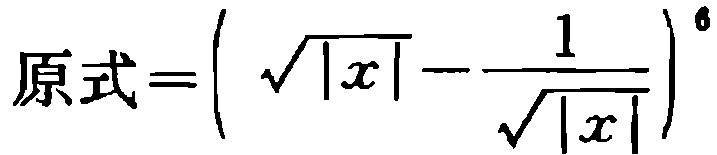
原式=\(\left(\sqrt{\vert x\vert}-\frac{1}{\sqrt{\vert x\vert}}\right)^{6}\)